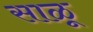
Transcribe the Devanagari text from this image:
साळू